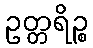
ဥတ္တရိဉ္စ